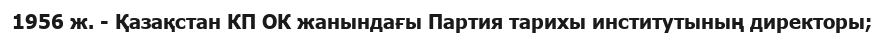
1956 ж. - Қазақстан КП ОК жанындағы Партия тарихы институтының директоры;